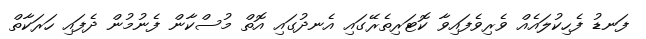
ފަނޑު ފެހިކުލައެއް ވެރިވެފައިވާ ކޮޓަރިތެރޭގައި އެނދުގައި އޮތް މުސްކާން ފެނުމުން ދެފައި ހަރަކާތް